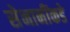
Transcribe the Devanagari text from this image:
सेनानींकडे